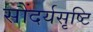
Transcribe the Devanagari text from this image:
सौंदर्यसृष्टि